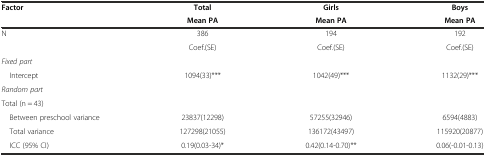
| <ROWSPAN=2> Factor | Total | Girls | Boys |
 | Mean PA | Mean PA | Mean PA |
 | --- | --- | --- | --- |
 | N | 386 | 194 | 192 |
 |  | Coef.(SE) | Coef.(SE) | Coef.(SE) |
 | Fixed part |  |  |  |
 | Intercept | 1094(33)*** | 1042(49)*** | 1132(29)*** |
 | Random part |  |  |  |
 | Total (n = 43) |  |  |  |
 | Between preschool variance | 23837(12298) | 57255(32946) | 6594(4883) |
 | Total variance | 127298(21055) | 136172(43497) | 115920(20877) |
 | ICC (95% CI) | 0.19(0.03-34)* | 0.42(0.14-0.70)** | 0.06(-0.01-0.13) |